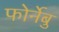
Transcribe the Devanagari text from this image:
फोर्नेबु